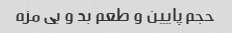
حجم پایین و طعم بد و بی مزه